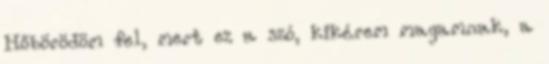
Hőbörödöm fel, mert ez a szó, kikérem magamnak, a